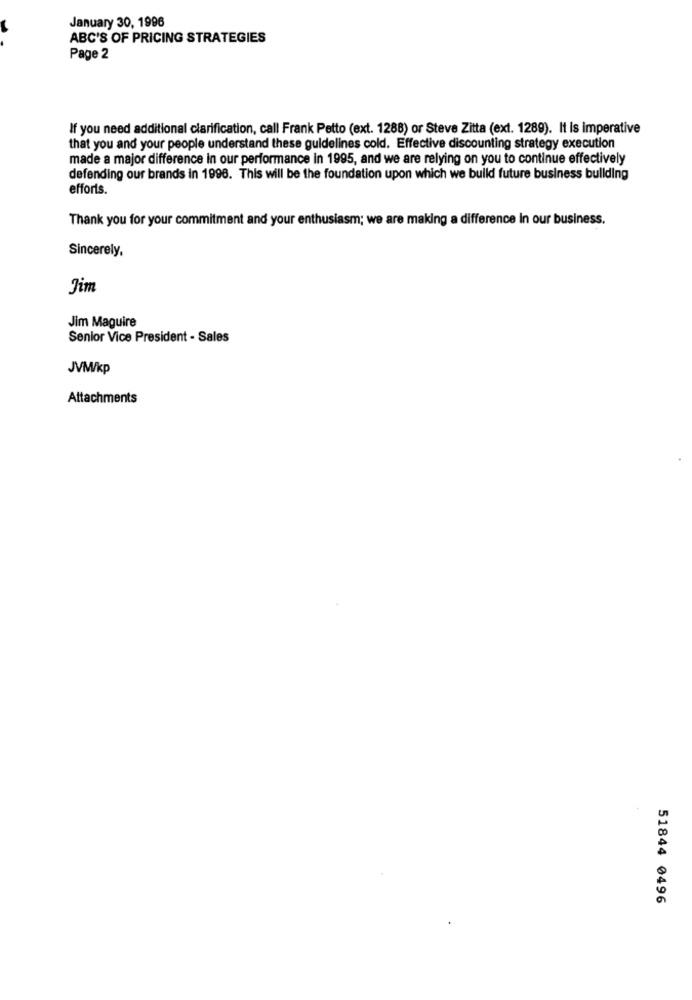
January 30, 1996
ABC'S OF PRICING STRATEGIES
Page 2
If you need additional clarification, call Frank Petto (ext. 1288) or Steve Zitta (ext. 1289). It is imperative
that you and your people understand these guidelines cold. Effective discounting strategy execution
made a major difference in our performance in 1995, and we are relying on you to continue effectively
defending our brands in 1996. This will be the foundation upon which we build future business building
efforts.
Thank you for your commitment and your enthusiasm; we are making a difference in our business.
Sincerely,
Jim
Jim Maguire
Senior Vice President - Sales
JVM/kp
Attachments
51844 0496